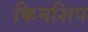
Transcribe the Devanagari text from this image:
किनशिप